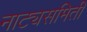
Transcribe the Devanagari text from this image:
नाट्यसमिती